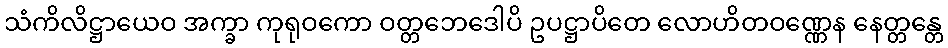
သံကိလိဋ္ဌာယေဝ အက္ခာ ကုရုဝကော ဝတ္တဘေဒေါပိ ဥပဋ္ဌာပိတေ လောဟိတဝဏ္ဏေန နေတ္တန္တေ